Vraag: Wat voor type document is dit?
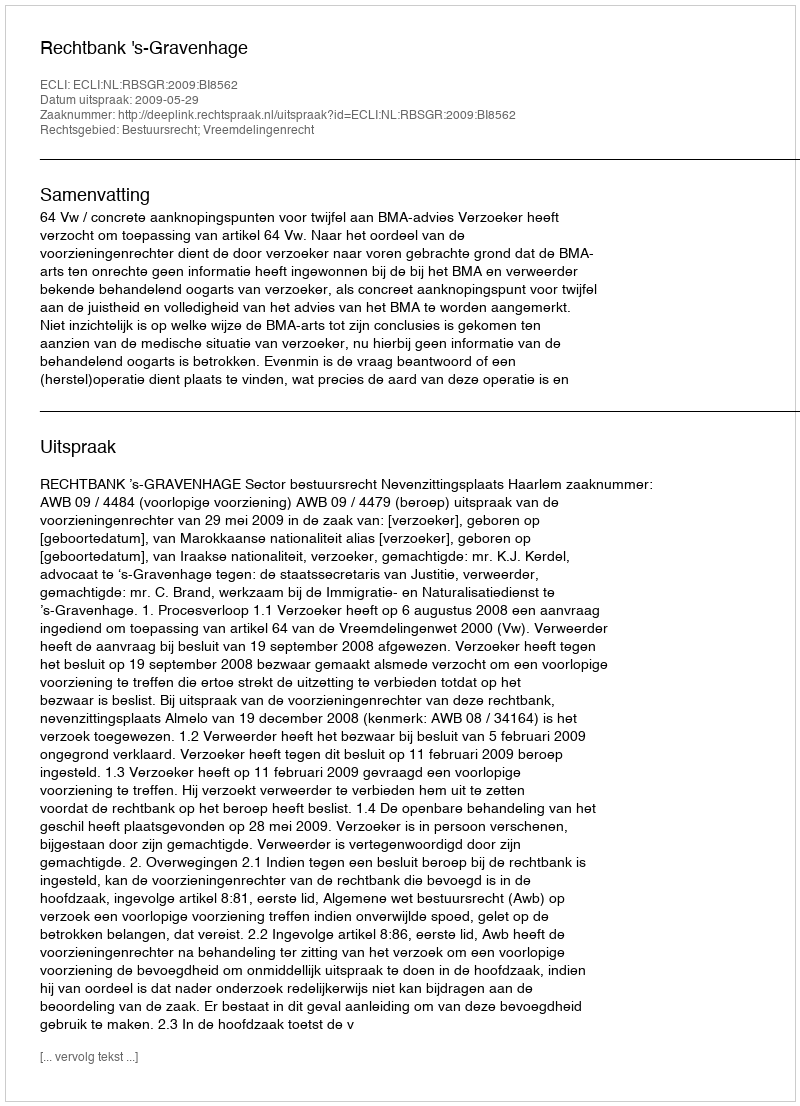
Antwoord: Uitspraak